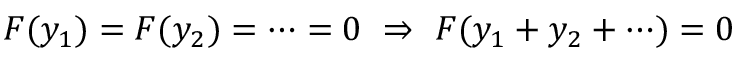
F ( y _ { 1 } ) = F ( y _ { 2 } ) = \cdots = 0 \ \Rightarrow \ F ( y _ { 1 } + y _ { 2 } + \cdots ) = 0